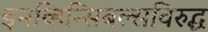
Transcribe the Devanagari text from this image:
इनव्हिन्सिबल्सविरुद्ध